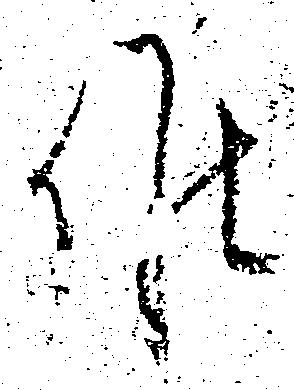
候